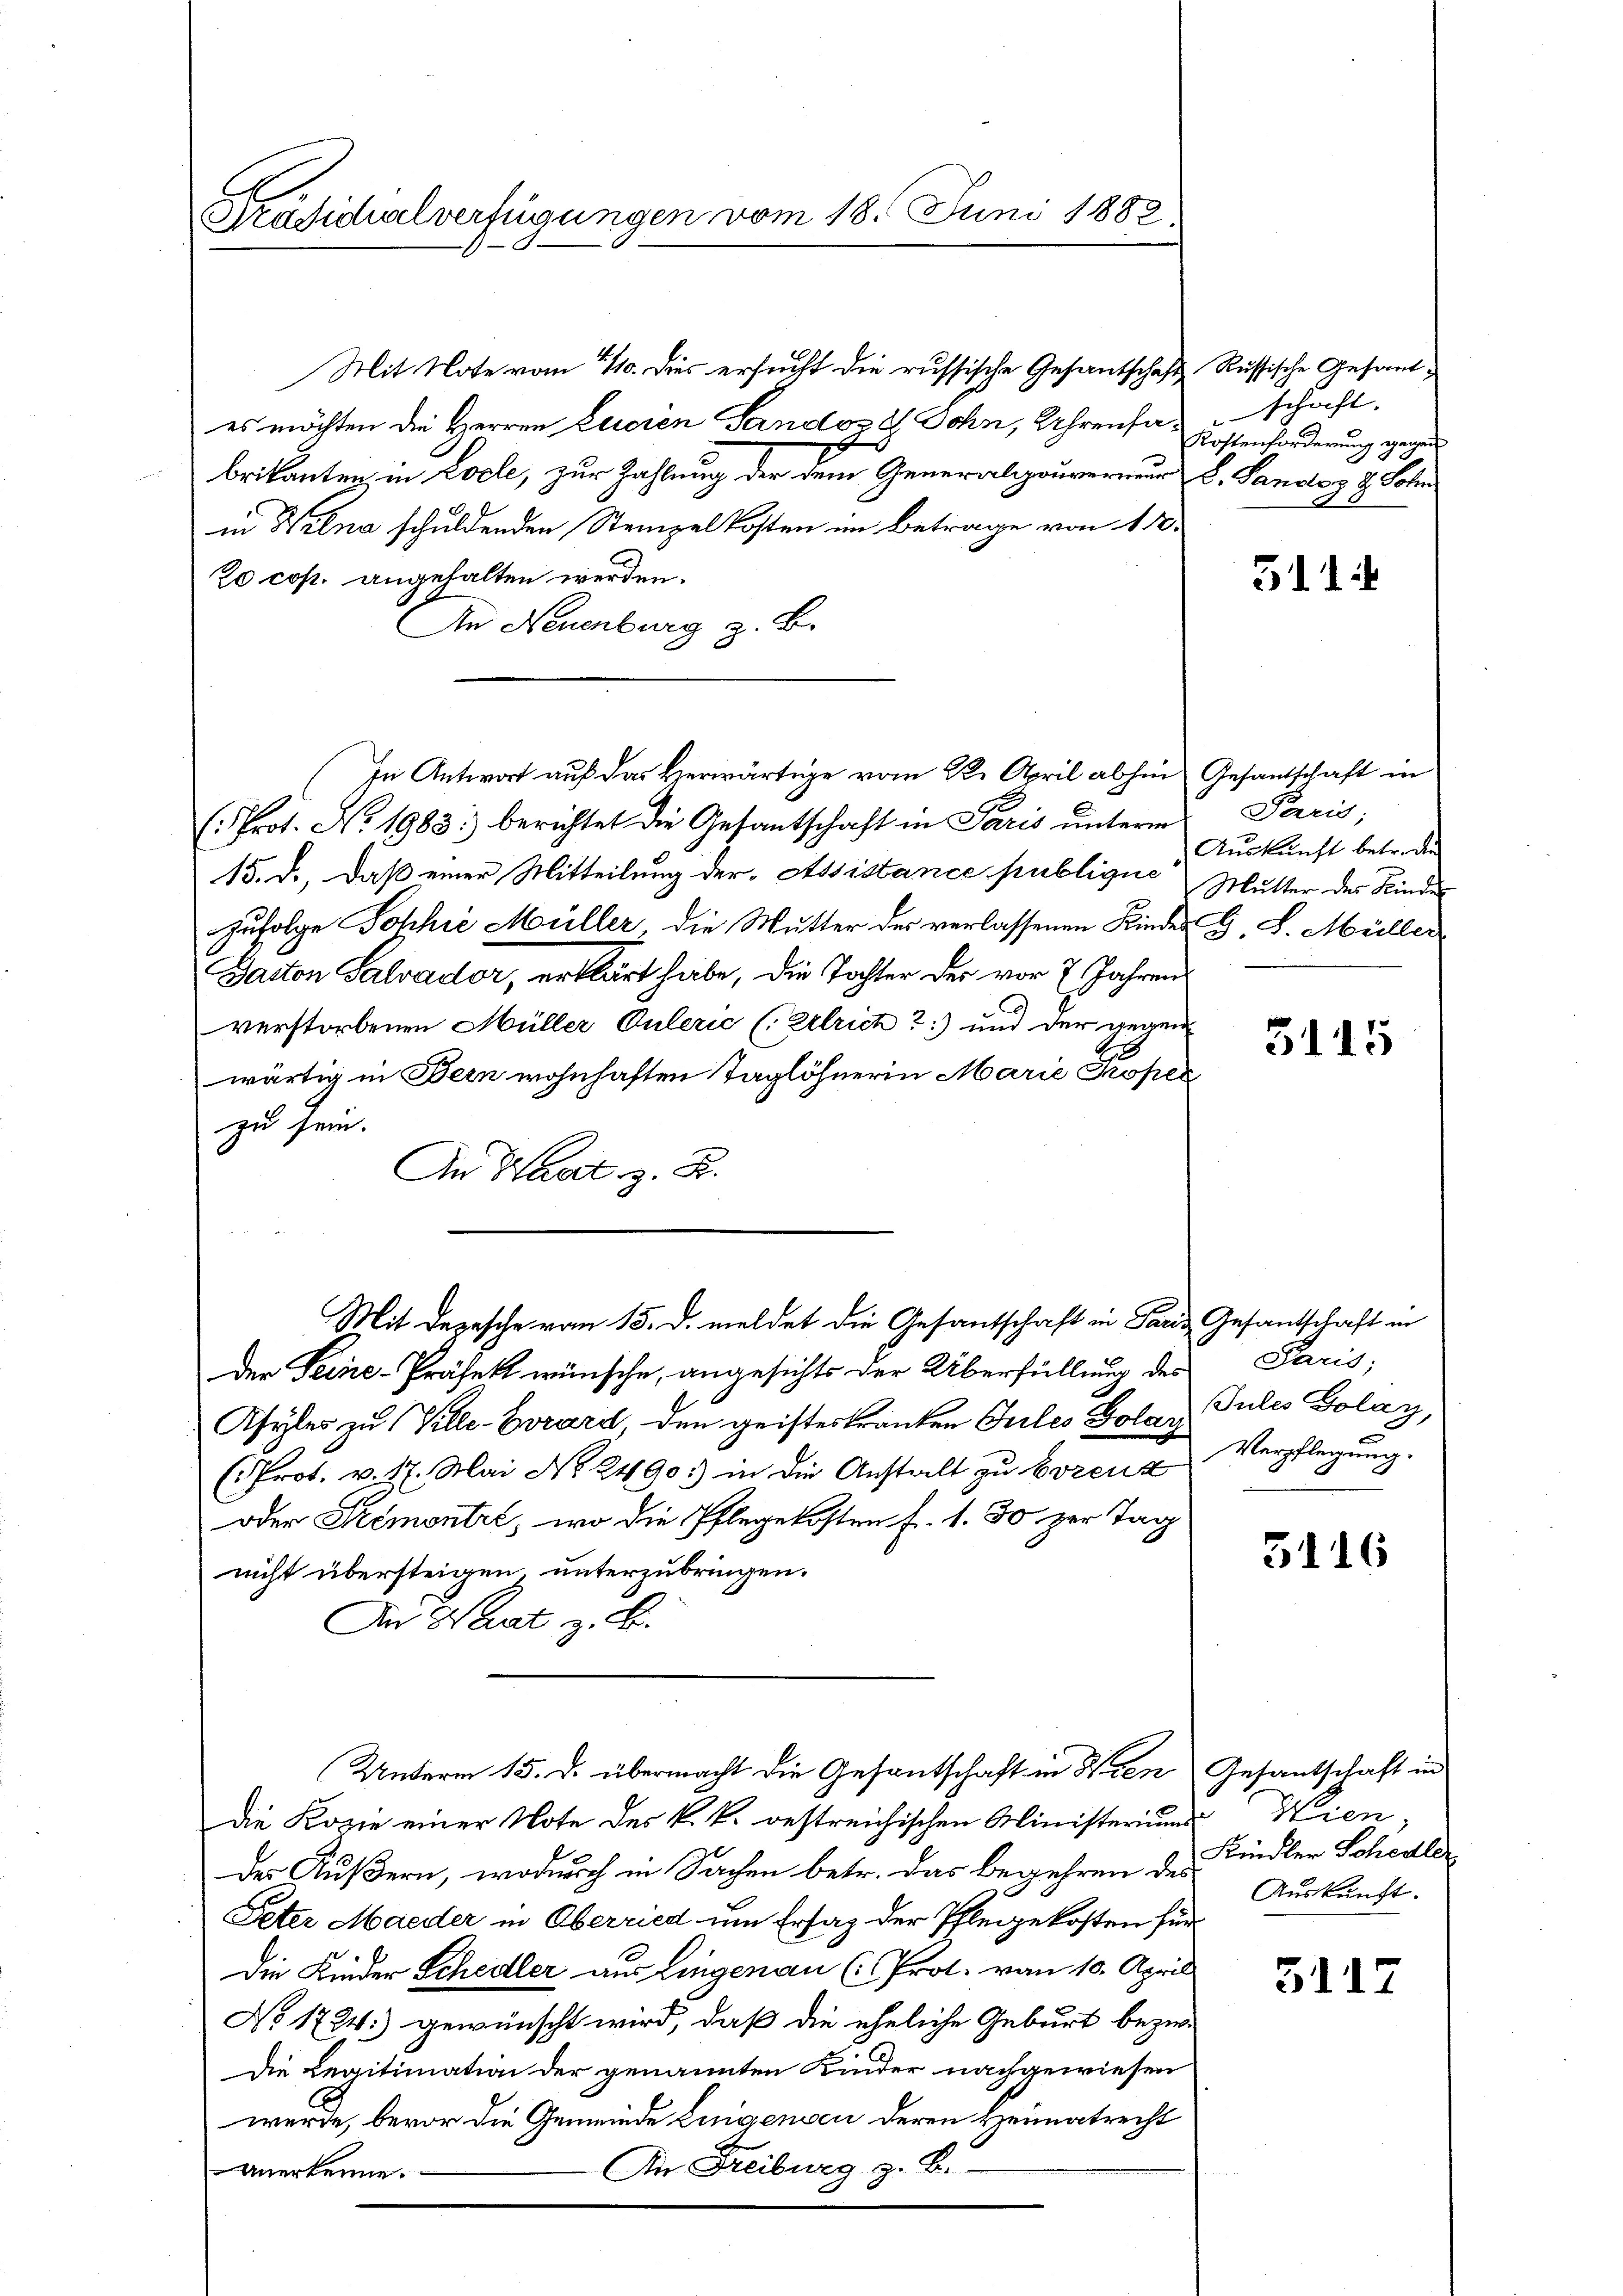
Präsidialverfügungen vom 18. Juni 1882.

es möchten die Herren Eueren Sandoz Sohn, Uhrenfalschaft.
brikanten in Locle, zur Zahlung der dem Generalgouverneur d. Sandoz 9. Sohn
in Weena schuldenden Stempel kosten im Betrage von 14.
20 cop. angehalten werden.
An Neuenburg z. B.
(Prot. No. 1983: berichtet die Gesantschaft in Paris unterm Paris;
15. d., daß einer Mitteilung der Assistance publique Mutter des Kinder
Zufolge Sohhie Müller die Mutter der verlassenen Kindes G. L. Müller
Gacton Salvader, erklärt habe, die Tochter der vor 7 Jahren
C
verstorbenen Müller Culerić (Erlrich ?) und der gegen
wärtig in Bern wohnhaften Taglöhnerin Marie Proper
zu sein.
An Hnat z. B.
Mit Depesche vom 15. d. meldet die Gesantschaft in Paris Gesantschaft in
der Seine-Präfekt wünsche, angesichts der Überfüllung des Paris;
Asyles zu Ville-Evrard den geisteskranken Guiles Golay Gules Golay,
(Prot. v. 17. Mai No 2490:) in die Anstalt zu Bozenz
oder Stemontre, wo die Pflegekosten f. 1. 30 zur Tag
nicht übersteigen unterzubringen.
An Waadt z. B.
Unterm 15. d. übermacht die Gesantschaft in Wien Gesantschaft in
Die Kopie einer Note des k. k. bestreichischen Ministeriums
der Äußern, wodurch in Sachen betr. das begehren des
Peter Maeder in Oberried um Ersatz der Pflegekosten für
Die Kinder Schedler aus Lingenau (Prot. von 10. April
No. 1724. gewünscht wird, daß die eheliche Geburt bezw
Die Legitimation der genannten Kinder nachgewiesen
werde, bevor die Gemeinde Lingensen deren Heimatrecht
An Freiburg z. B.
Anerkenne.

Mit Note vom 1110. Dies ersucht die russische Gesantschaft Russische Gesand¬

In Antwort auf das Herwärtige vom 22. April abhin Gesantschaft in

Kostenforderung gegen

311

Auskunft betr. die

5115

Verpflegung.

3116

Wien,
Kindler Schedler
Auskunft.

5117